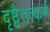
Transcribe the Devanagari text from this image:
दृष्ट्वैतत्कर्म